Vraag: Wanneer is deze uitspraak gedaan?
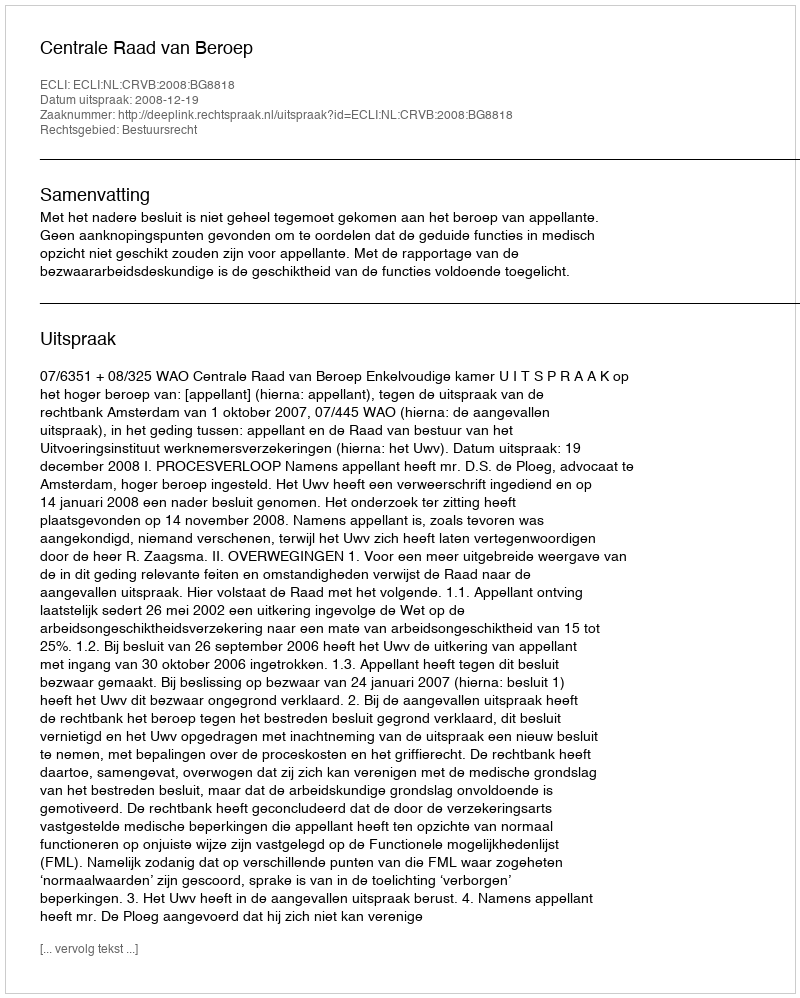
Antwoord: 2008-12-19